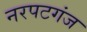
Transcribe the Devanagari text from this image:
नरपटगंज